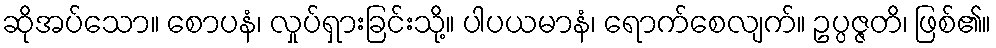
ဆိုအပ်သော။ စောပနံ၊ လှုပ်ရှားခြင်းသို့။ ပါပယမာနံ၊ ရောက်စေလျက်။ ဥပ္ပဇ္ဇတိ၊ ဖြစ်၏။